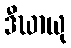
ဒီဃာယု